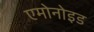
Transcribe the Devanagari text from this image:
एमोनोइड